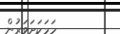
ހަމަކަށަވަރުން